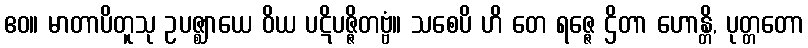
ဧဝ။ မာတာပိတူသု ဥပဇ္ဈာယေ ဝိယ ပဋိပဇ္ဇိတဗ္ဗံ။ သစေပိ ဟိ တေ ရဇ္ဇေ ဌိတာ ဟောန္တိ, ပုတ္တတော